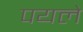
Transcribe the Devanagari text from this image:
पयले